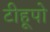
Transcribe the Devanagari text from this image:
टीहूपो